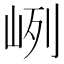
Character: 峢